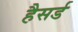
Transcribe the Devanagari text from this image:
हैसर्ड